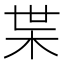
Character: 枼